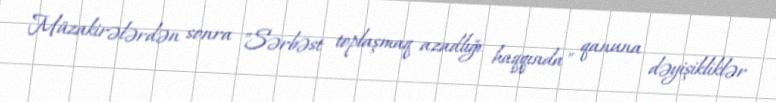
Müzakirələrdən sonra "Sərbəst toplaşmaq azadlığı haqqında" qanuna dəyişikliklər